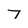
Character: 7